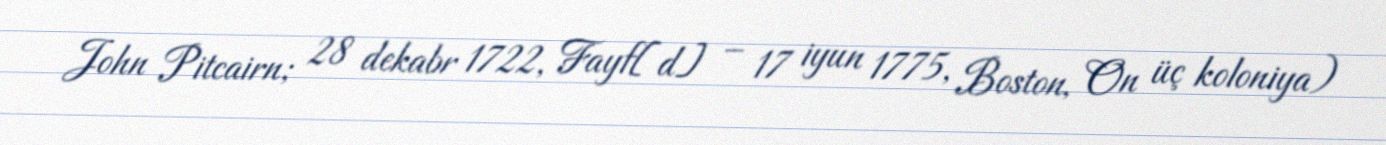
John Pitcairn; 28 dekabr 1722, Fayf[d] – 17 iyun 1775, Boston, On üç koloniya)